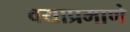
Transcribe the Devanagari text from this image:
वयाप्रमाणे